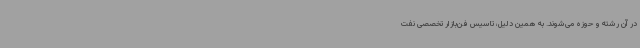
در آن رشته و حوزه می‌شوند. به همین دلیل، تاسیس فن‌بازار تخصصی نفت